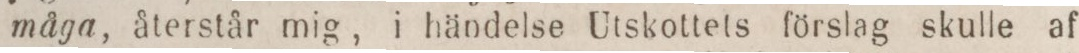
måga, återstår mig, i händelse Utskottets förslag skulle af